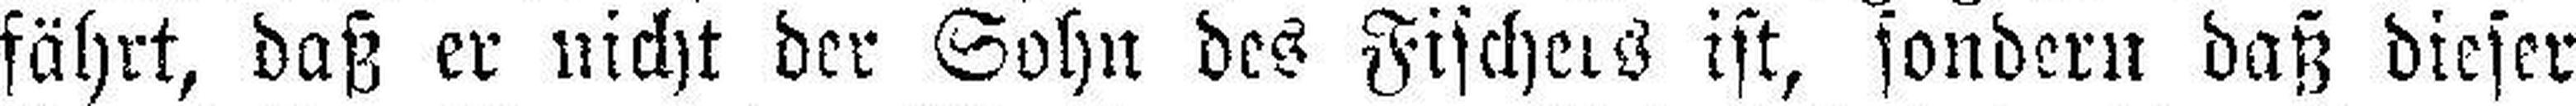
fährt, daß er nicht der Sohn des Fischers ist, sondern daß dieser